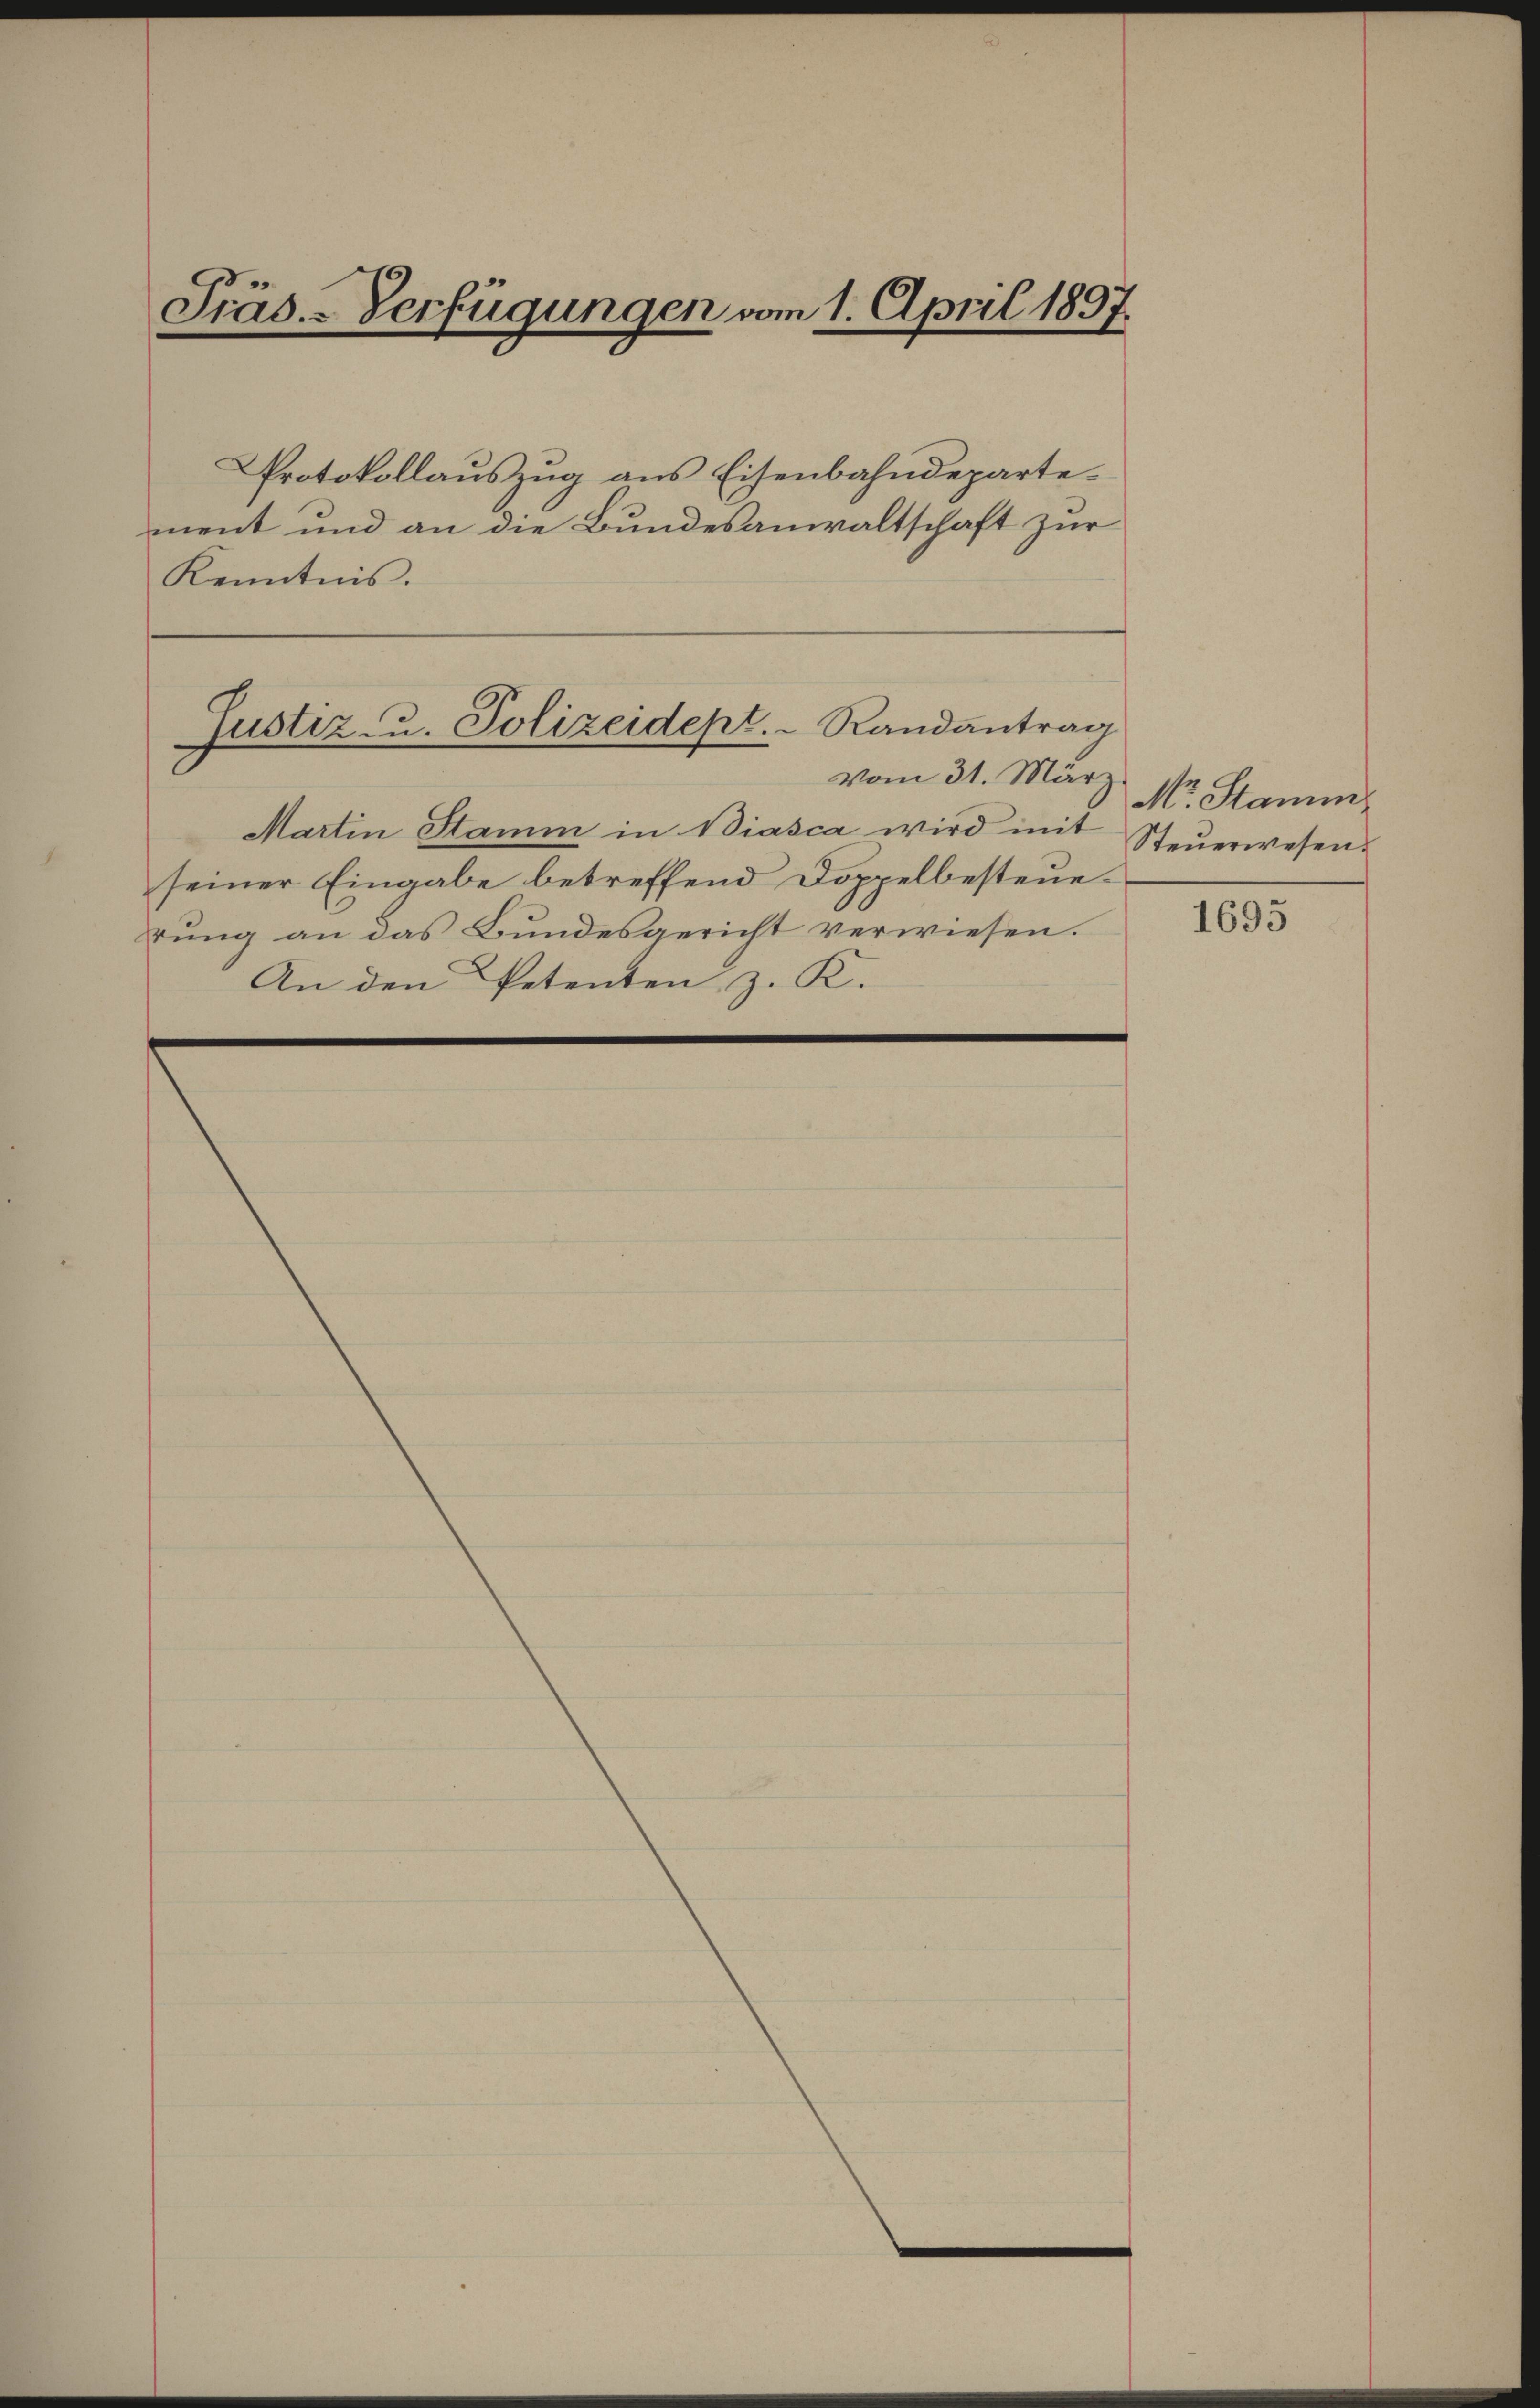
Protokollaŭszŭg ans Eisenbahndepartement und an die Bundesanwaltschaft zur
Kenntnis.

Präs.-Verfügungen vom 1. April 1897.

Martin Stamm in Biasca wird mit Steŭerwesen.
seiner Eingabe betreffend Doppelbesteuerung an das Bundesgericht verwiesen.
An den Petenten z. K.

Justiz- u. Polizeidept. Randantrag
vom 31. März

Nr. Stamm

1695